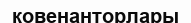
ковенанторлары